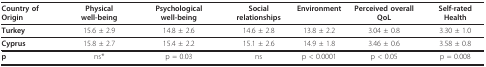
<table><thead><tr><td><b>Country of Origin</b></td><td><b>Physical well-being</b></td><td><b>Psychological well-being</b></td><td><b>Social relationships</b></td><td><b>Environment</b></td><td><b>Perceived overall QoL</b></td><td><b>Self-rated Health</b></td></tr></thead><tbody><tr><td><b>Turkey</b></td><td>15.6 ± 2.9</td><td>14.8 ± 2.6</td><td>14.6 ± 2.8</td><td>13.8 ± 2.2</td><td>3.04 ± 0.8</td><td>3.30 ± 1.0</td></tr><tr><td><b>Cyprus</b></td><td>15.8 ± 2.7</td><td>15.4 ± 2.2</td><td>15.1 ± 2.6</td><td>14.9 ± 1.8</td><td>3.46 ± 0.6</td><td>3.58 ± 0.8</td></tr><tr><td><b>p</b></td><td>ns*</td><td>p = 0.03</td><td>ns</td><td>p &lt; 0.0001</td><td>p &lt; 0.05</td><td>p = 0.008</td></tr></tbody></table>